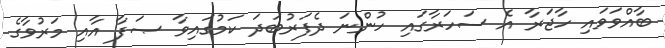
ބާއްވަވައި ހާޖަރާ އެ ސަހަރާގައި ހުންނަ ދެފަރުބަދަ ކަމުގައިވާ ޞަފާ އާއި މަރުވާގެ